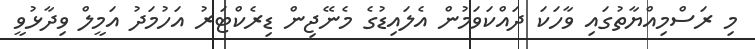
މި ރަސްމިއްޔާތުގައި ވާހަކަ ދައްކަވަމުން އެލައިޑުގެ މެނޭޖިން ޑިރެކްޓަރު އަހުމަދު އަމީލް ވިދާޅުވީ